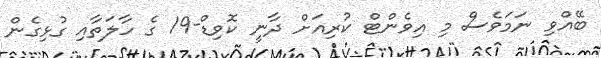
ބޭއްވި ނަމަވެސް މި އިވެންޓް ކުރިއަށް ދާނީ ކޮވިޑް-19 ގެ ހާލަތާއި ގުޅިގެން